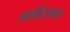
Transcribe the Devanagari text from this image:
आबीरामा